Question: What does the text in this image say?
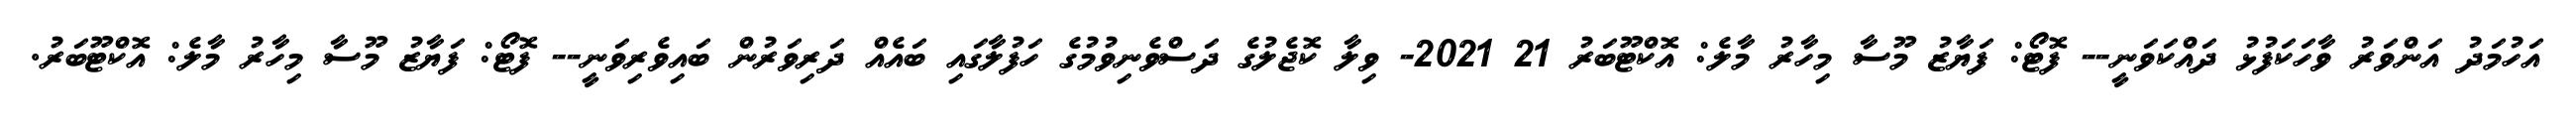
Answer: އަހުމަދު އަންވަރު ވާހަކަފުޅު ދައްކަވަނީ-- ފޮޓޯ: ފަޔާޒު މޫސާ މިހާރު މާލެ: އޮކްޓޫބަރު 21 2021- ވިލާ ކޮޖެލުގެ ދަސްވެނިވުމުގެ ހަފުލާގައި ބައެއް ދަރިވަރުން ބައިވެރިވަނީ-- ފޮޓޯ: ފަޔާޒު މޫސާ މިހާރު މާލެ: އޮކްޓޫބަރު.